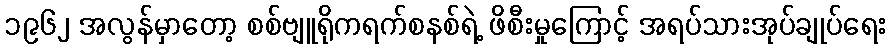
၁၉၆၂ အလွန်မှာတော့ စစ်ဗျူရိုကရက်စနစ်ရဲ့ ဖိစီးမှုကြောင့် အရပ်သားအုပ်ချုပ်ရေး